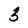
Character: 3